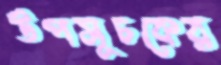
উপসূচকের